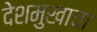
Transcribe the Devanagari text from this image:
देशमुखाचा